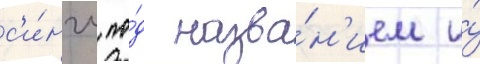
с'и́нгл по́д назва́н'ием и́